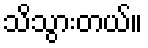
သိသွားတယ်။